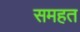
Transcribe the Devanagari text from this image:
समहत